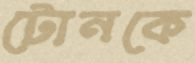
টোনকে